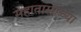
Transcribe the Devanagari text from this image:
सहातासांच्या